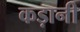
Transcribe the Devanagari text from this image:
कड़ानी